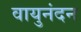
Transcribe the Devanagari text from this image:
वायुनंदन